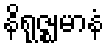
နိရုဇ္ဈမာနံ